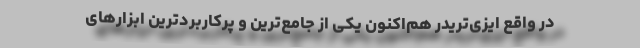
در واقع ایزی‌تریدر هم‌اکنون یکی از جامع‌ترین و پرکاربردترین ابزارهای